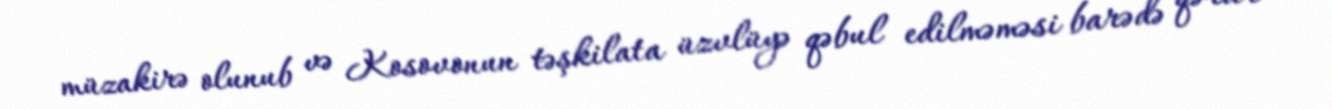
müzakirə olunub və Kosovonun təşkilata üzvlüyə qəbul edilməməsi barədə qərar